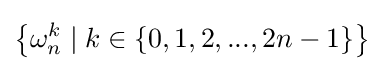
\left\{\omega _{n}^{k}\;|\;k\in \{0,1,2,...,2n-1\}\right\}